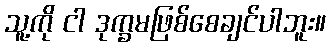
သူ့ကို ငါ ဒုက္ခမဖြစ်စေချင်ပါဘူး။